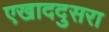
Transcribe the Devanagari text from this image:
एखाददुसरा